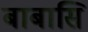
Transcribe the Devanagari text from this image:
बाबासि